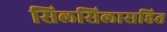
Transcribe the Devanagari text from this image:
सिलसिलासहित